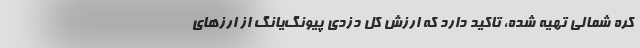
کره شمالی تهیه شده، تاکید دارد که ارزش کل دزدی پیونگ‌یانگ از ارزهای